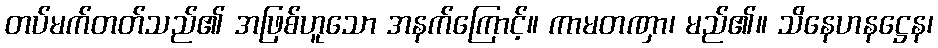
တပ်မက်တတ်သည်၏ အဖြစ်ဟူသော အနက်ကြောင့်။ ကာမတဏှာ၊ မည်၏။ သိနေဟနဋ္ဌေန၊